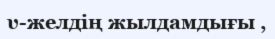
υ-желдің жылдамдығы ,